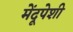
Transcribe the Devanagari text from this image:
मेंदूपेशी